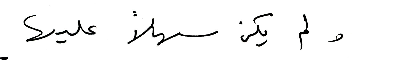
ولم يكن سهلاً عليها